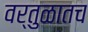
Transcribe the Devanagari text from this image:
वर्तुळातच